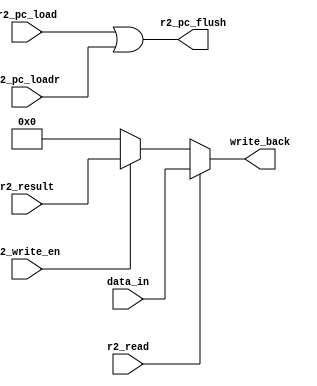
module seq_core_write_back
#(
   parameter D_SIZE = 32
)
(
// general
// input               rst_n      , // active 0
// input               clk        ,
// special
   input               r2_read    ,
   input               r2_write_en,
   input  [D_SIZE-1:0] data_in    ,
   input  [D_SIZE-1:0] r2_result  ,
   output [D_SIZE-1:0] write_back ,
   input               r2_pc_load ,
   input               r2_pc_loadr,
   output              r2_pc_flush
);


assign write_back = (r2_read    ) ? data_in   :
                    (r2_write_en) ? r2_result : 0;


assign r2_pc_flush = (r2_pc_load | r2_pc_loadr);


endmodule